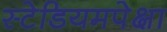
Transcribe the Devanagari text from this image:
स्टेडियमपेक्षा